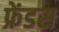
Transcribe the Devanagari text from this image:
फ्रेंडस